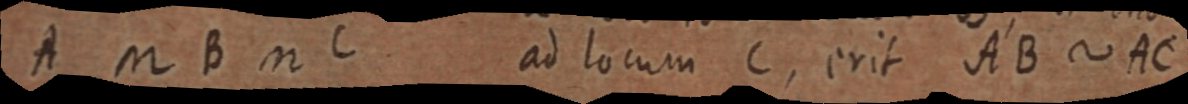
A n B n C ad locum C, erit AB ∼ AC